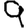
Digit: 9